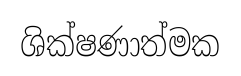
ශික්ෂණාත්මක